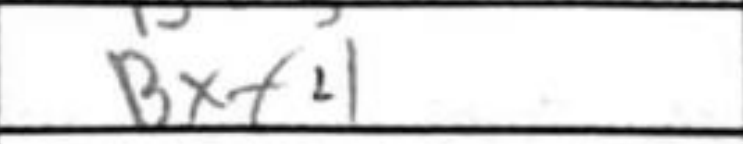
Transcription: Bxf4